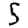
Digit: 5